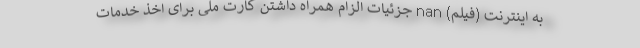
به اینترنت (فیلم) nan جزئیات الزام همراه داشتن کارت ملی برای اخذ خدمات